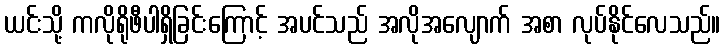
ယင်းသို့ ကလိုရိုဖီပါရှိခြင်းကြောင့် အပင်သည် အလိုအလျောက် အစာ လုပ်နိုင်လေသည်။